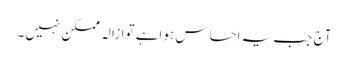
آج جب یہ احساس ہواہے توازالہ ممکن نہیں۔